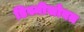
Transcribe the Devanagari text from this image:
डिस्नीसोबत